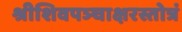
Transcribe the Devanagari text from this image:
श्रीशिवपञ्चाक्षरस्तोत्रं